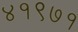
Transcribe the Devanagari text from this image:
४१९७१